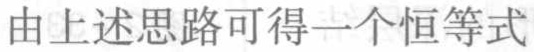
由上述思路可得一个恒等式